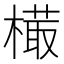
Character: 𣙻